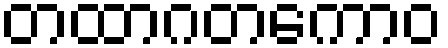
တထာဂတကောဝ